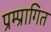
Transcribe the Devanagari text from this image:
प्रम्प्रागित